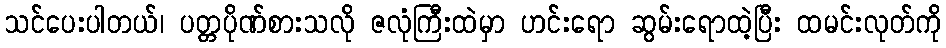
သင်ပေးပါတယ်၊ ပတ္တပိုဏ်စားသလို ဇလုံကြီးထဲမှာ ဟင်းရော ဆွမ်းရောထဲ့ပြီး ထမင်းလုတ်ကို